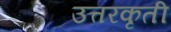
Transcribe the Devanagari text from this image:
उत्तरकृती